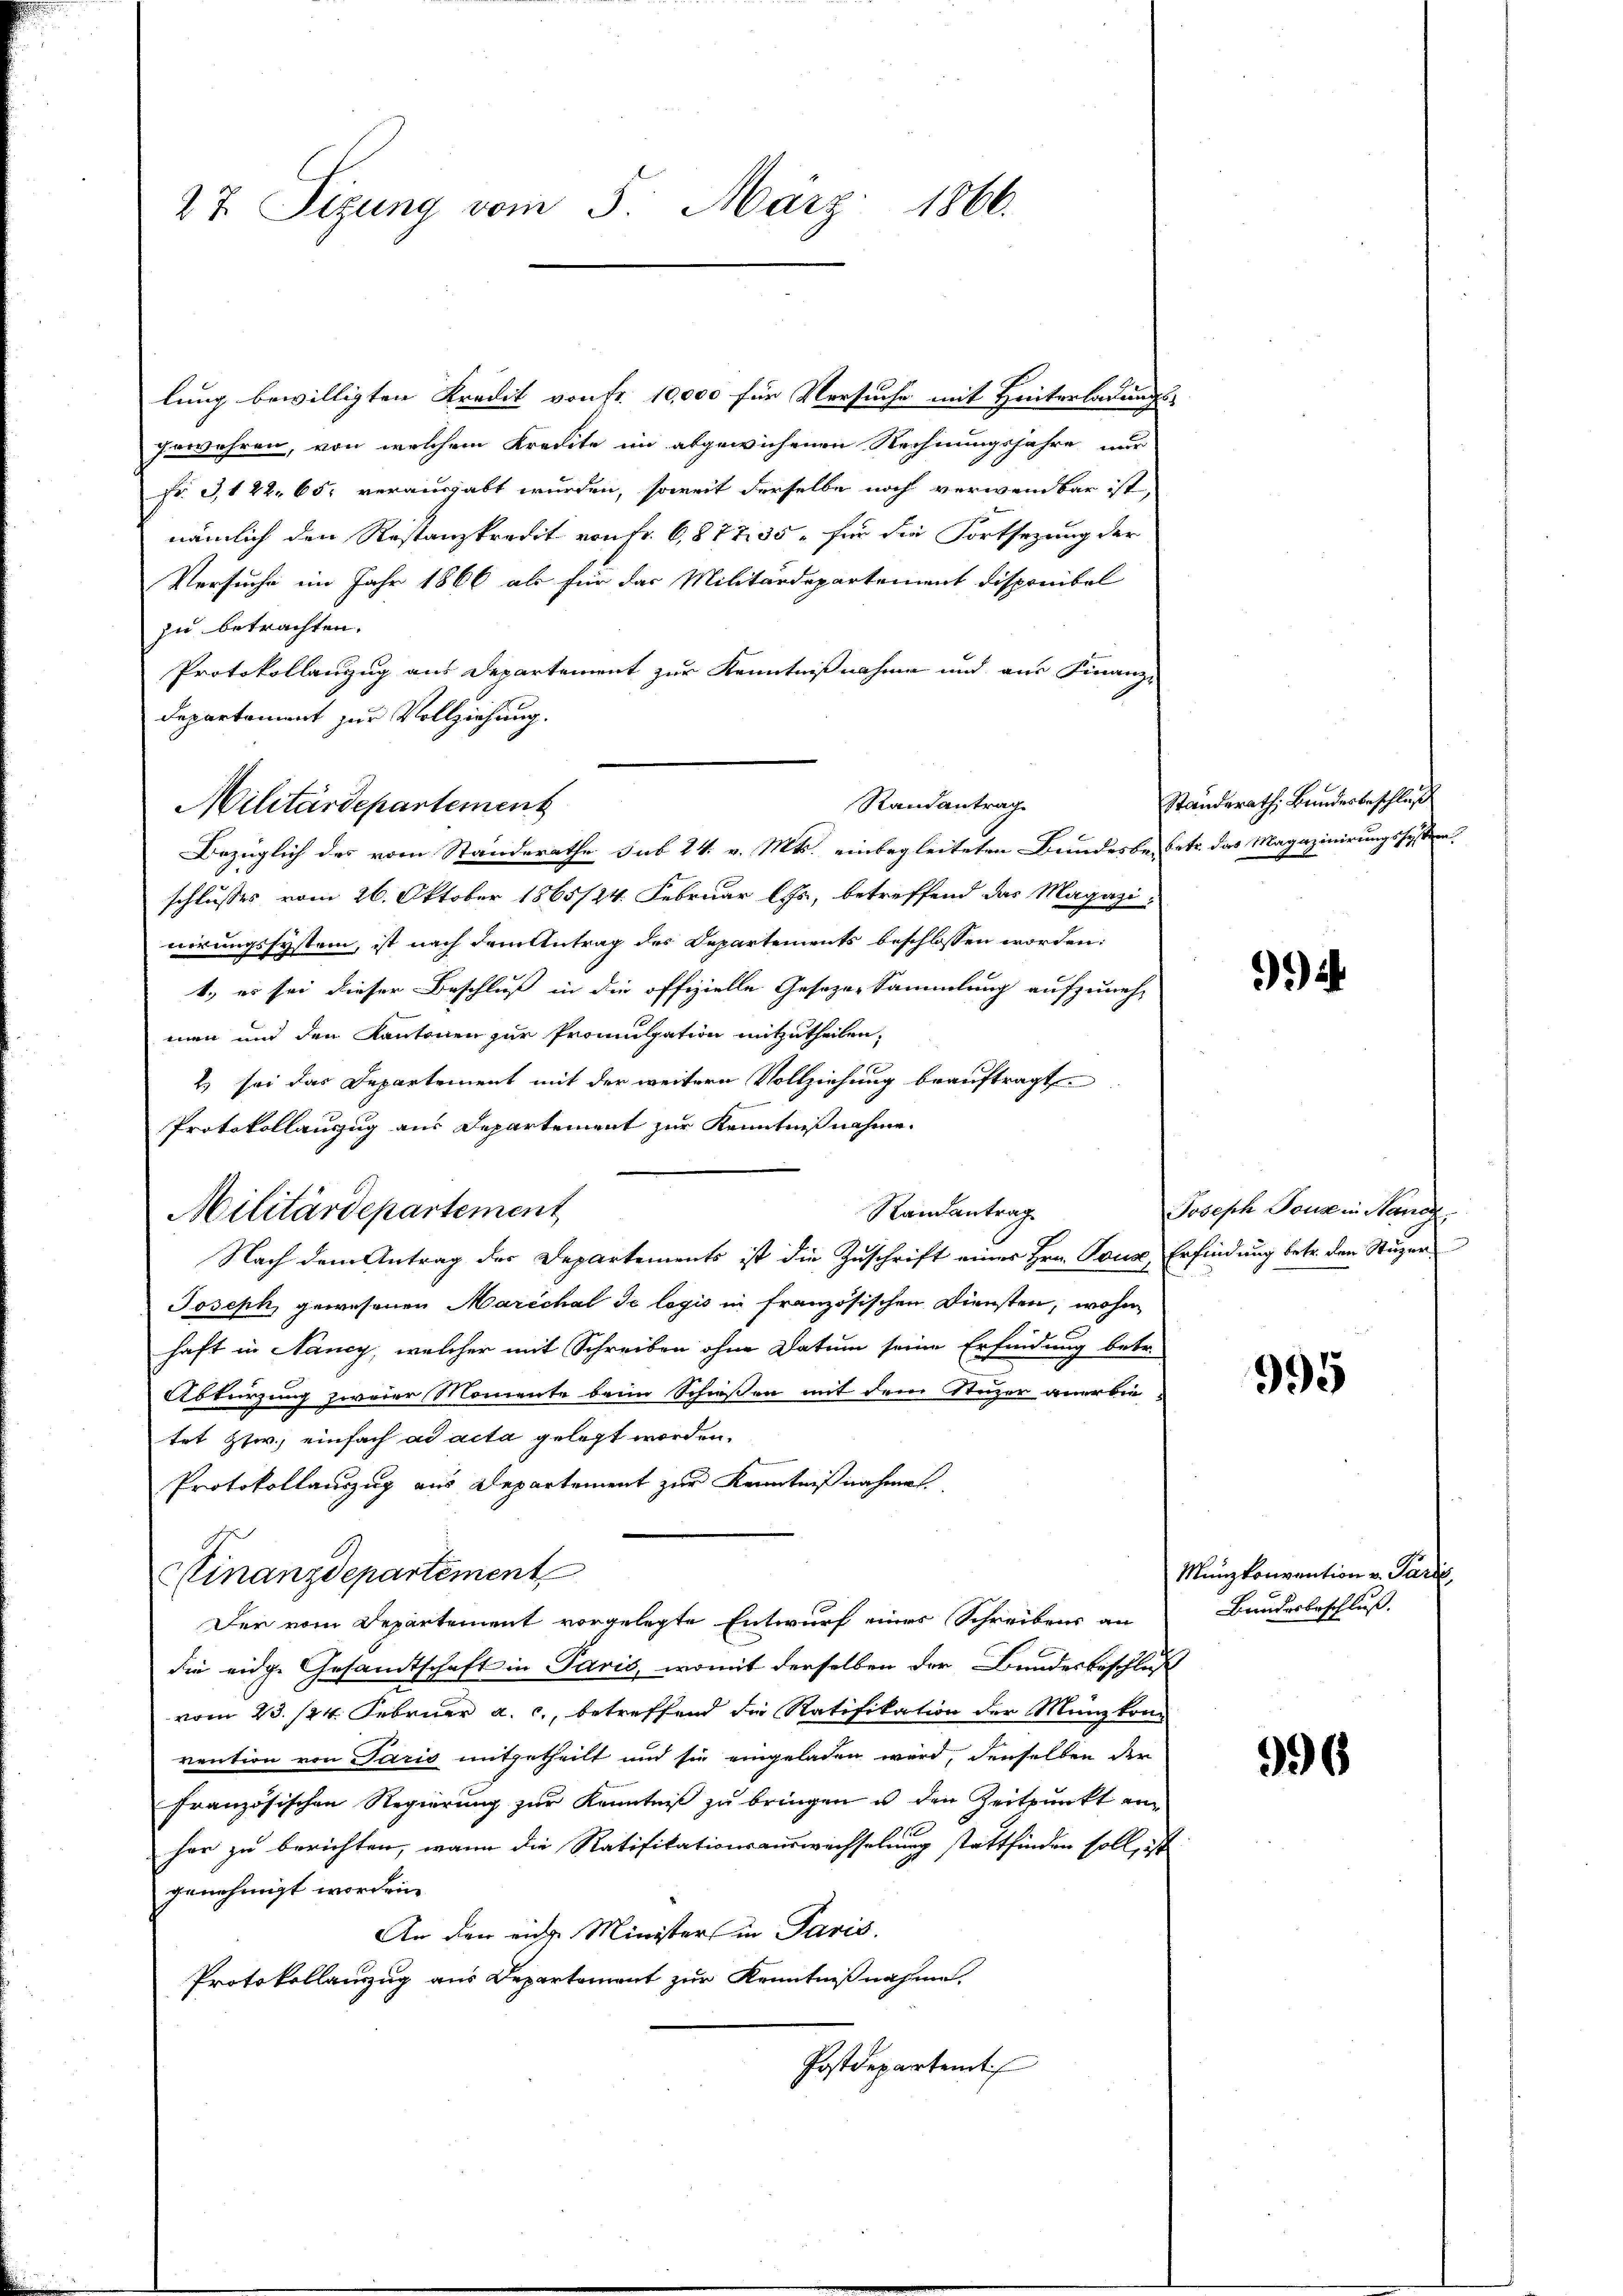
27. Sizung vom 5. März 1866.

lung bewilligten Kredit von Fr. 10,000 für Versuche mit Hinterladungs-
gewähren, von welchem Kredite im abgewichenen Rechnungsjahre nur
fr. 3, 122, 65, verausgabt wurden, soweit derselbe noch verwendbar ist,
nämlich den Restanzkredit von fr. 687735, für die Fortsezung der
Versuche im Jahr 1866 als für das Militärdepartement Disponibel
zu betrachten.
Protokollanzug aus Departement zur Kenntnißnahme und aus Finanz-
Departament zur Vollziehung.
Bezüglich des vom Standerathe sub 24. v. Mts. einbegleiteten Bundesbesetz das Magazinirungssystema
schlusses vom 26. Oktober 1865/24. Februar les, betreffend das Magazi-
nerungssystem, ist nach dem Antrag des Departements beschlossen worden:
1., es sei dieser Beschluß in die offizielle Gesezen Sammlung aufzuneh-
men und den Kantonen zur Promulgation mitzutheilen,
2) sei das Departement mit der weitere Vollziehung beauftragt
Protokollauszug aus Departement zur Kenntnißnahme.
Randantrag
Militärdepartement
Nach dem Antrag der Departements ist die Zuschrift eines Hrn. Tous Erfindung betr. den Stäger
Joseph, gewesenen Marechal se logis in französischen Diensten, wohin
haft in Nancy, welcher mit Schreiben ohne Datum seine Erfindung betr.
Abkürzung zweier Momente beim Schießen mit dem Stuzer anerbie
tet Zsw., einfach ad acta gelegt worden.
Protokollauszug aus Departement zur Kenntnißnahmes
Kinanzdepartement
Der vom Departement vorgelegte Entwurf eines Schreibens an
die eidge Gesandtschaft in Paris, womit derselben der Bundesbeschluß
vom 23. 124. Februar a. c., betreffend die Ratifikation der Münzkonvention von Paris mitgetheilt und sie eingeladen wird, denselben der
Französischen Regierung zur Kenntniß zu bringen u den Zeitpunkt anhar zu berichten, wann die Ratifikationsauswechselung stattfinden soll, ist
genehmigt worden.
An den eine Ministers in Paris.
Protokollauszug aus Departement zur Kenntnißnahme,
Postdepartemt

Randantrag
Militärdepartement

Standerath, Bundesbeschluß

)

Joseph Sonne in Kanz

995

Münzkonvention v. Parte
Bundesbeschluß.

996